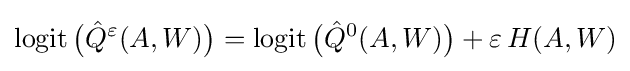
\operatorname {logit} {\big (}{\hat {Q}}^{\varepsilon }(A,W){\big )}=\operatorname {logit} {\big (}{\hat {Q}}^{0}(A,W){\big )}+\varepsilon \,H(A,W)